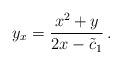
LaTeX: \begin{align*}y_x = \frac{x^2+y}{2x-\tilde{c}_1}\,.\end{align*}